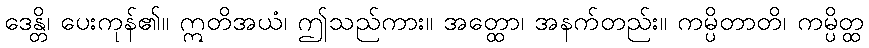
ဒေန္တိ၊ ပေးကုန်၏။ ဣတိအယံ၊ ဤသည်ကား။ အတ္ထော၊ အနက်တည်း။ ကမ္ပိတာတိ၊ ကမ္ပိတ္ထ